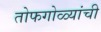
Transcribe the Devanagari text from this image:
तोफगोळ्यांची